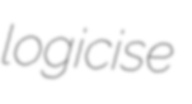
logicise